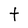
Character: t